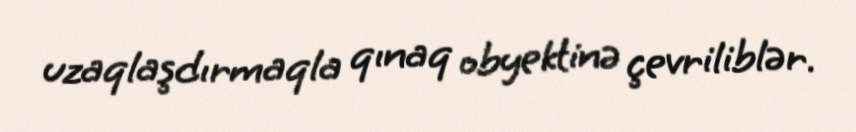
uzaqlaşdırmaqla qınaq obyektinə çevriliblər.